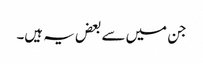
جن میں سے بعض یہ ہیں۔